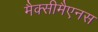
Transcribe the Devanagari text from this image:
मैक्सीमैएनस